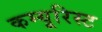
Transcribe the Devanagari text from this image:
कम्यूरिस्ट